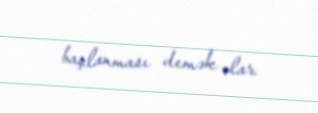
başlanması demək olar.